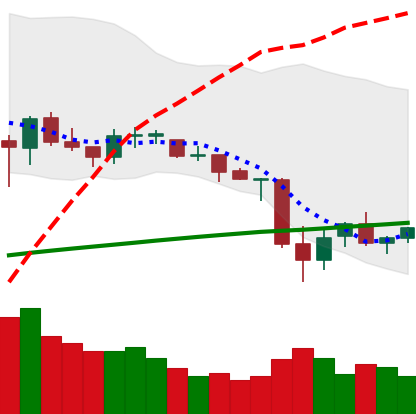
Ticker: ETC-USD
Chart end date: 2021-06-27
Forward return: 27.021%
Label: up_7plus